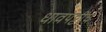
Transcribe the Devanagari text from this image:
धावपट्टीचे